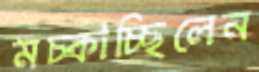
মচ্‌কাচ্ছিলেন